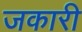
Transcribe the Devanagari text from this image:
जकारी